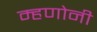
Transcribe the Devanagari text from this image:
म्हणोनी